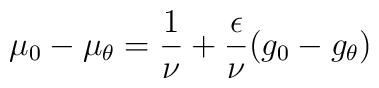
\mu_{0} - \mu_{\theta} = \frac{1}{\nu} + \frac{\epsilon}{\nu} ( g_0 - g_{\theta})